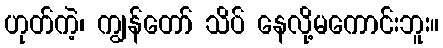
ဟုတ်ကဲ့၊ ကျွန်တော် သိပ် နေလို့မကောင်းဘူး။